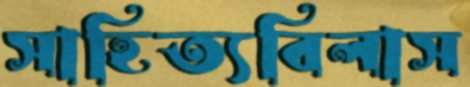
সাহিত্যবিলাস